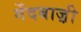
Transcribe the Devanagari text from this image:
गेंदबाज़़ी